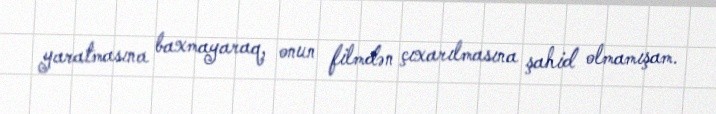
yaratmasına baxmayaraq, onun filmdən çıxarılmasına şahid olmamışam.